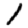
Digit: 1